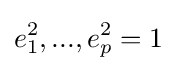
e_{1}^{2},...,e_{p}^{2}=1